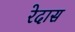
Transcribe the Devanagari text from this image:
रेदास